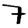
Digit: 7